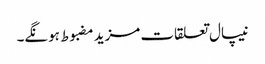
نیپال تعلقات مزید مضبوط ہونگے۔